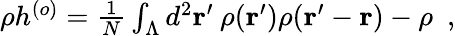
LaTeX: \begin{array}{r}{\rho h^{(o)}=\frac{1}{N}\int_{\Lambda}d^{2}{\mathbf r}^{\prime}\: \rho({\mathbf r}^{\prime})\rho({\mathbf r}^{\prime}-{\mathbf r})-\rho~~,}\end{array}